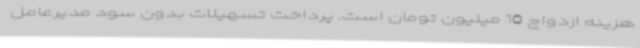
هزینه ازدواج 10 میلیون تومان است. پرداخت تسهیلات بدون سود مدیرعامل